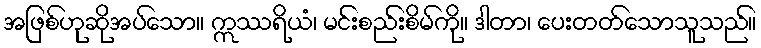
အဖြစ်ဟုဆိုအပ်သော။ ဣဿရိယံ၊ မင်းစည်းစိမ်ကို။ ဒါတာ၊ ပေးတတ်သောသူသည်။